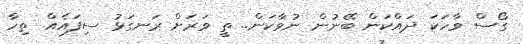
ގޯސް ވާހަކަ ދައްކަން ބޭނުން ނުވާކަން.. ތީ ވަރަށް ރަނގަޅު ސިފައެއް ތިހާ